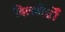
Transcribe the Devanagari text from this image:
बिलबोर्डों